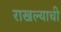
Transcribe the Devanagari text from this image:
राखल्याची